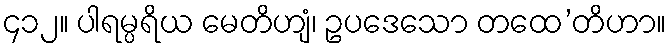
၄၁၂။ ပါရမ္ပရိယ မေတိဟျံ၊ ဥပဒေသော တထေ’တိဟာ။